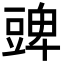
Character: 豍